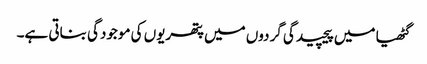
گٹھیا میں پیچیدگی گردوں میں پتھریوں کی موجودگی بناتی ہے۔